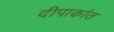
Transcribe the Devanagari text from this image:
दीपाकांत